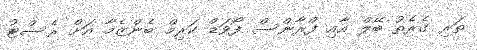
ތަރި ގެރެތު ބޭލް އާއި ފްރާންސް ފޯވަޑް ކަރިމް ބެންޒެމާ އަށް ރެސްޓު